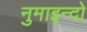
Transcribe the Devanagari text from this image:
नुमाइन्दो